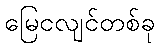
မြေငလျင်တစ်ခု